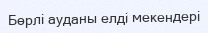
Бөрлі ауданы елді мекендері